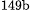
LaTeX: ^\textrm{\scriptsize 149b}